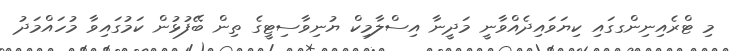
މި ޓްރެއިނިންގގައި ކިޔަވައިދެއްވާނީ މަދީނާ އިސްލާމިކް ޔުނިވާސިޓީގެ ތިން ބޭފުޅުން ކަމުގައިވާ މުހައްމަދު